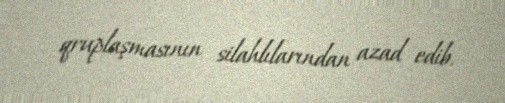
qruplaşmasının silahlılarından azad edib.